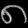
Digit: ၈